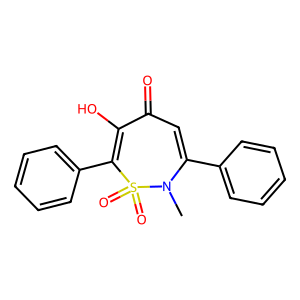
SMILES: CN1C(c2ccccc2)=CC(=O)C(O)=C(c2ccccc2)S1(=O)=O
Inhibits HIV replication: No